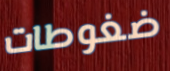
ضغوطات